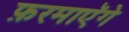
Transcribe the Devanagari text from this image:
फ़रमाएॅगे